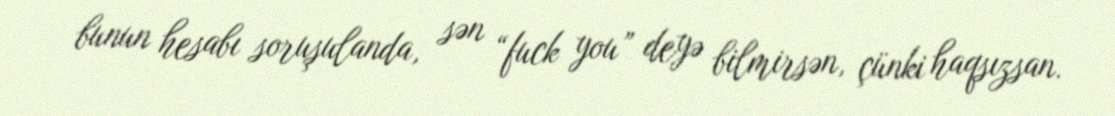
bunun hesabı soruşulanda, sən “fuck you” deyə bilmirsən, çünki haqsızsan.